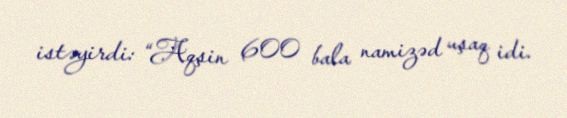
istəyirdi: “Aqşin 600 bala namizəd uşaq idi.